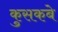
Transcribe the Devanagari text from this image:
कुसकबे